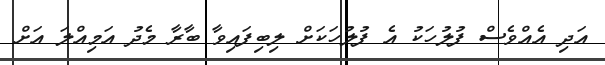
އަދި އެއްވެސް ފުލުހަކު އެ ފުލުހަކަށް ލިބިފައިވާ ބާރާ މެދު އަމިއްލަ އަށް